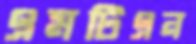
এমটিএন